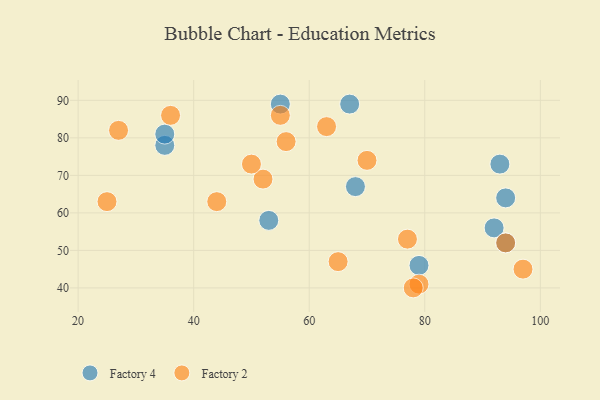
{"axis": {"x": "GDP", "y": "Life Expectancy"}, "legend": ["Factory 2", "Factory 4"], "data": [{"x": "35", "y": 78, "type": "Factory 4"}, {"x": "79", "y": 46, "type": "Factory 4"}, {"x": "94", "y": 64, "type": "Factory 4"}, {"x": "68", "y": 67, "type": "Factory 4"}, {"x": "35", "y": 81, "type": "Factory 4"}, {"x": "53", "y": 58, "type": "Factory 4"}, {"x": "92", "y": 56, "type": "Factory 4"}, {"x": "67", "y": 89, "type": "Factory 4"}, {"x": "94", "y": 52, "type": "Factory 4"}, {"x": "93", "y": 73, "type": "Factory 4"}, {"x": "55", "y": 89, "type": "Factory 4"}, {"x": "44", "y": 63, "type": "Factory 2"}, {"x": "77", "y": 53, "type": "Factory 2"}, {"x": "55", "y": 86, "type": "Factory 2"}, {"x": "97", "y": 45, "type": "Factory 2"}, {"x": "56", "y": 79, "type": "Factory 2"}, {"x": "94", "y": 52, "type": "Factory 2"}, {"x": "79", "y": 41, "type": "Factory 2"}, {"x": "65", "y": 47, "type": "Factory 2"}, {"x": "27", "y": 82, "type": "Factory 2"}, {"x": "63", "y": 83, "type": "Factory 2"}, {"x": "36", "y": 86, "type": "Factory 2"}, {"x": "52", "y": 69, "type": "Factory 2"}, {"x": "25", "y": 63, "type": "Factory 2"}, {"x": "50", "y": 73, "type": "Factory 2"}, {"x": "78", "y": 40, "type": "Factory 2"}, {"x": "70", "y": 74, "type": "Factory 2"}]}